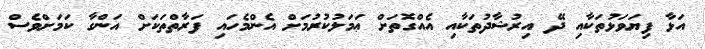
އަޅާ ފިޔަވަޅުތަކާއި ދޭ އިރުޝާދުތަކާއި އެއްގޮތަށް ޢަމަލުކުރުމަށް އެންމެހައި ފަރާތްތަކަށް އަންގާ ކަމަށްވެސް